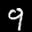
Label: 9